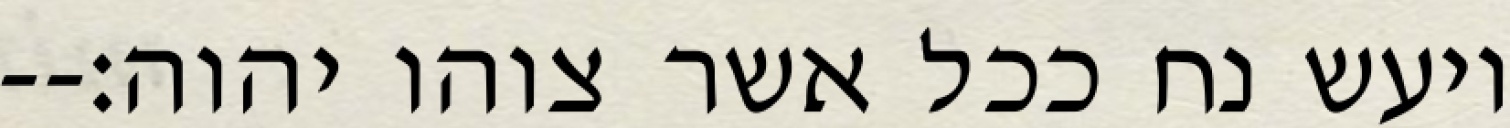
ויעש נח ככל אשר צוהו יהוה׃--